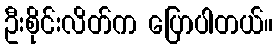
ဦးစိုင်းလိတ်က ပြောပါတယ်။